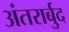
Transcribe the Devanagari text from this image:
अंतरार्बुद